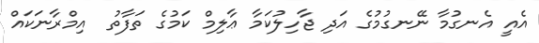
އެއީ އެނގުމާ ނޭނގުމުގެ އަދި ޖާހިލުކަމާ ޢާލިމް ކަމުގެ ތަފާތު  އިމްރާނަކައް